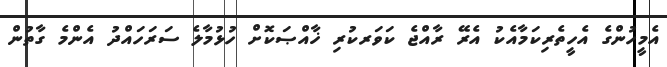
އެމީހުންގެ އެހީތެރިކަމާއެކު އެރޭ ރާއްޖެ ކަވަރކުރި ޚާއްޞަކޮށް ހުޅުމާލެ ސަރަހައްދު އެންމެ ގާތުން